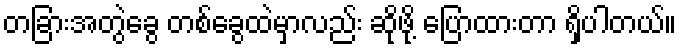
တခြားအတွဲခွေ တစ်ခွေထဲမှာလည်း ဆိုဖို့ ပြောထားတာ ရှိပါတယ်။